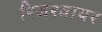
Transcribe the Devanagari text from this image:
रिजरवायर